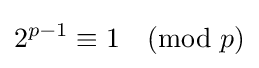
2^{p-1}\equiv 1{\pmod {p}}